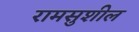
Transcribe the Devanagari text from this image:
रामसुशील